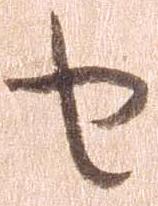
せ